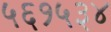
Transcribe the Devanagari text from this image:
५६१५३४